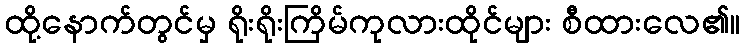
ထို့နောက်တွင်မှ ရိုးရိုးကြိမ်ကုလားထိုင်များ စီထားလေ၏။